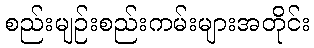
စည်းမျဉ်းစည်းကမ်းများအတိုင်း